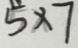
5 \times 7